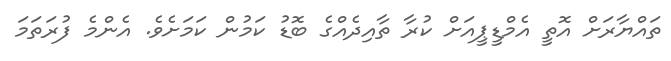
ތައްޔާރަށް އޮތީ އެމްޑީޕީއަށް ކުރާ ތާއިދެއްގެ ބޮޑު ކަމުން ކަމަށެވެ. އެންމެ ފުރަތަމަ